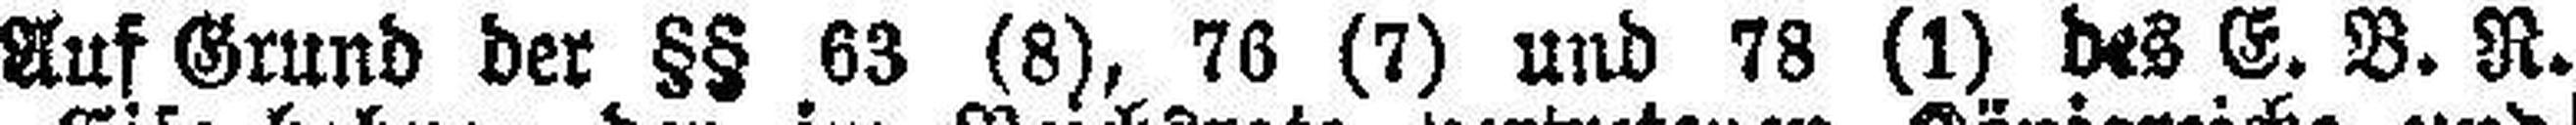
Auf Grund der §§ .63 (8), 76 (7) und 78 (1) des E. B. R.